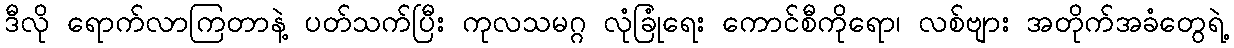
ဒီလို ရောက်လာကြတာနဲ့ ပတ်သက်ပြီး ကုလသမဂ္ဂ လုံခြုံရေး ကောင်စီကိုရော၊ လစ်ဗျား အတိုက်အခံတွေရဲ့